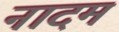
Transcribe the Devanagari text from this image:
नादम